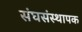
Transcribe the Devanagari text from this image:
संघसंस्थापक